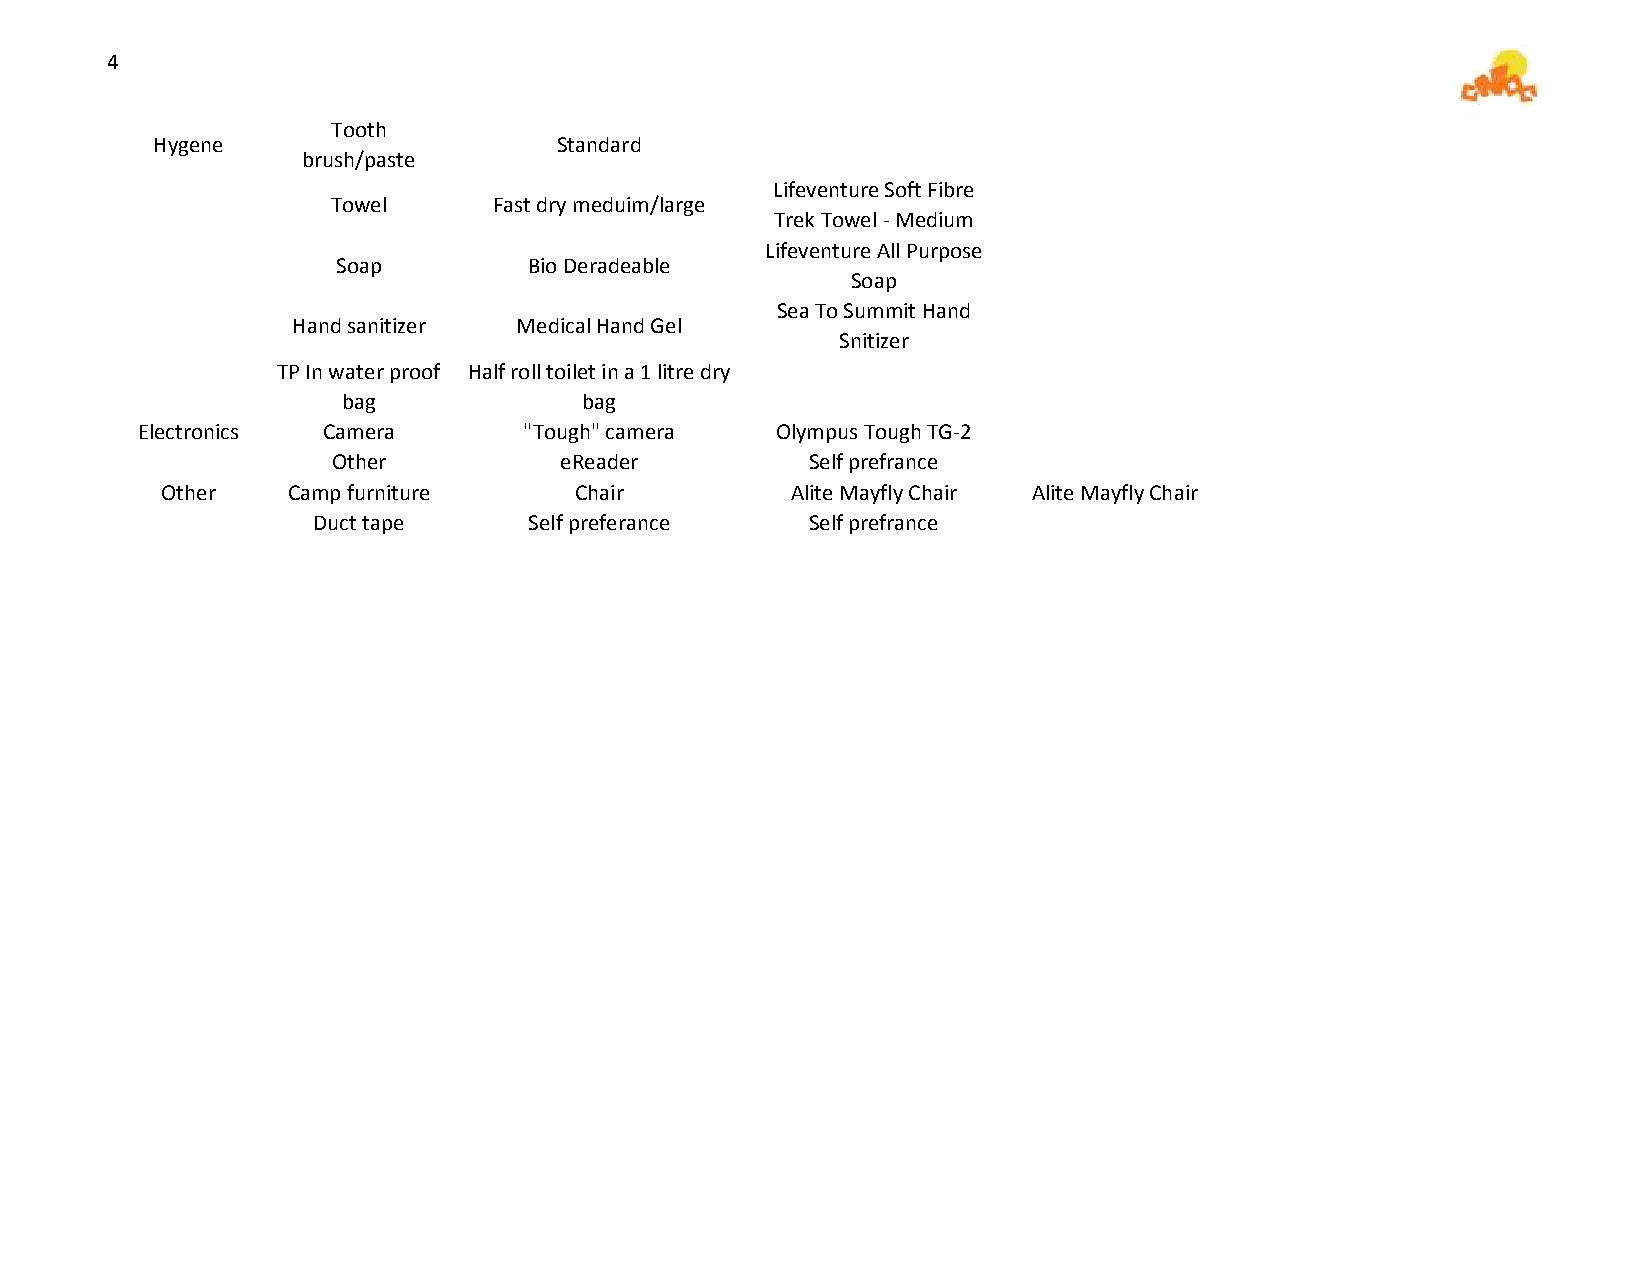
4
 Tooth
 Hygene                     Standard
 brush/paste
 Lifeventure Soft Fibre
 Towel      Fast dry meduim/large
 Trek Towel - Medium
 Lifeventure All Purpose
 Soap         Bio Deradeable
 Soap
 Sea To Summit Hand
 Hand sanitizer Medical Hand Gel
 Snitizer
 TP In water proof Half roll toilet in a 1 litre dry
 bag             bag
 Electronics Camera        "Tough" camera  Olympus Tough TG-2
 Other          eReader          Self prefrance
 Other   Camp furniture     Chair         Alite Mayfly Chair Alite Mayfly Chair
 Duct tape     Self preferance    Self prefrance